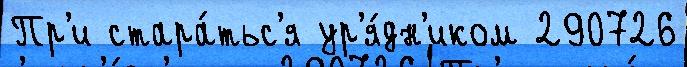
Пр'и стара́тьс'я ур'я́дн'иком 290726